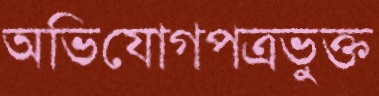
অভিযোগপত্রভুক্ত